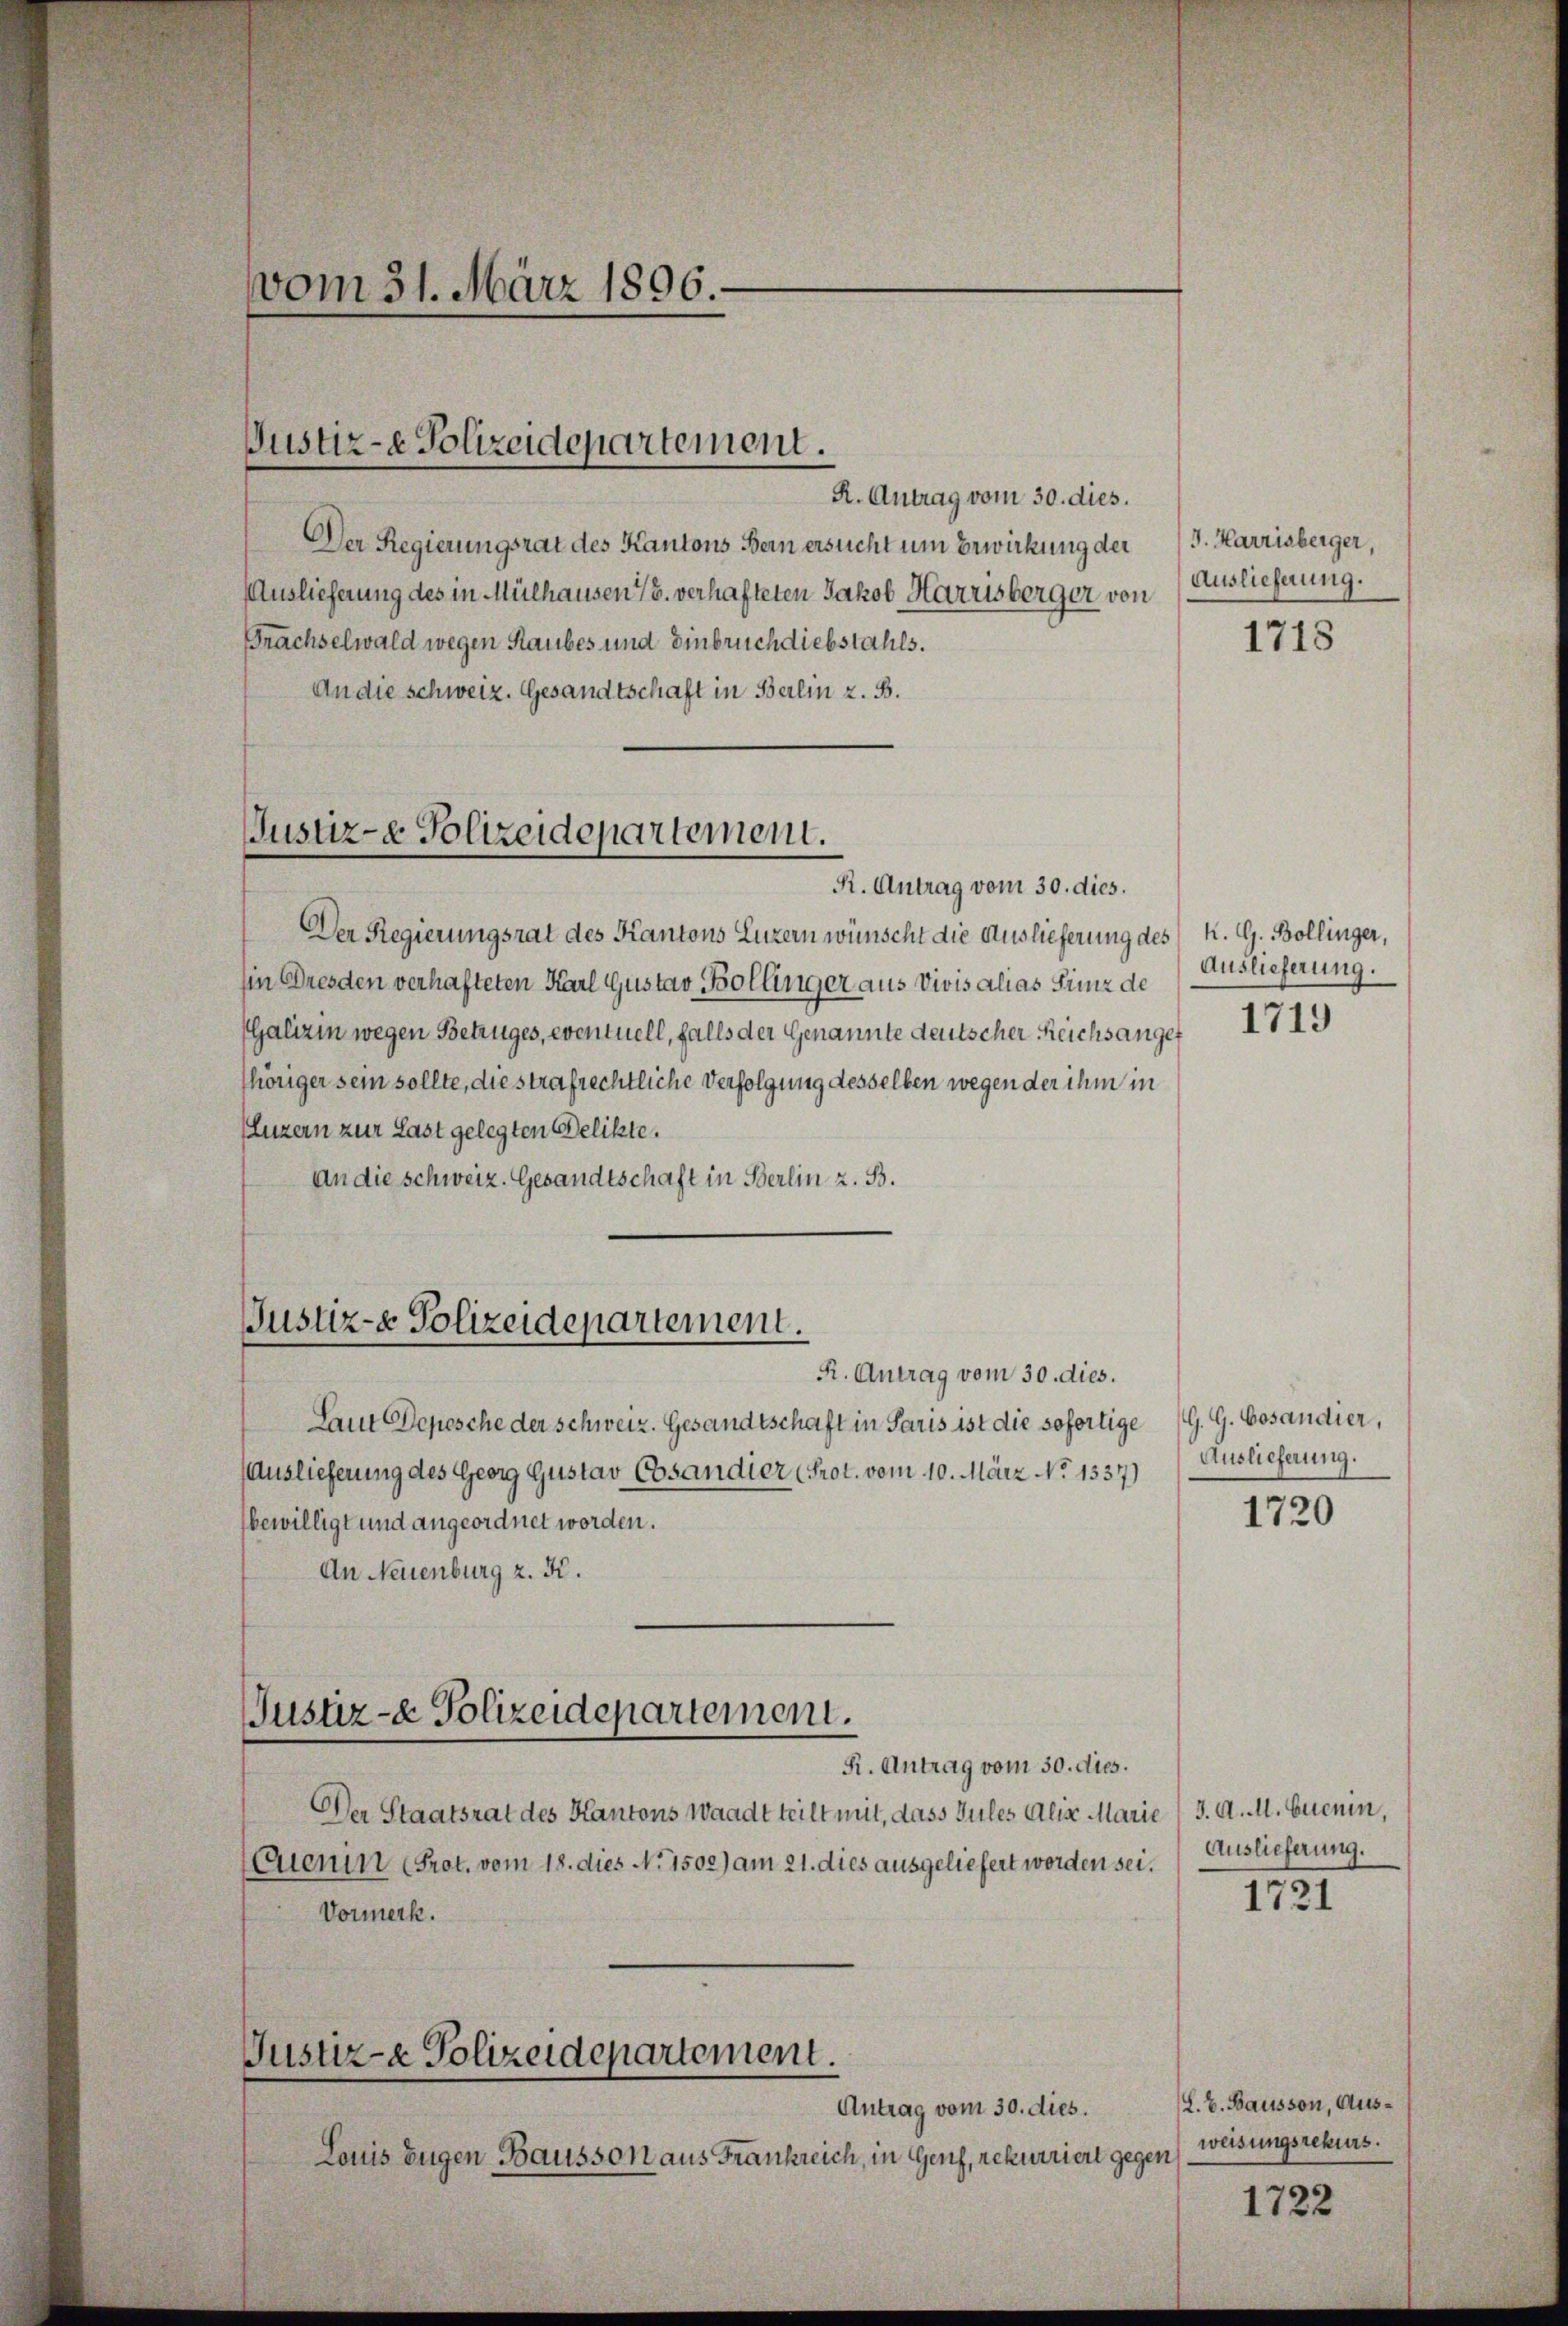
Der Regierungsrat des Kantons Luzern wünscht die Auslieferung des K. G. Bollinger,
in Dresden verhafteten Karl Gustav Bollinger aus vivis alias Kunz de
(Galizin wegen Betruges, eventuell, falls der Genannte deutscher Reichsangef
thöriger sein sollte, die strafrechtliche Verfolgung desselben wegen der ihm in
(Luzern zur Last gelegten Delikte.
An die Schweiz. Gesandtschaft in Berlin z. B.

Der Regierungsrat des Kantons Bern ersucht um Bewirkung der
Auslieferung des in Mülhausen 16. verhafteten Jakob Harrisberger von
Brachselwald wegen Raubes und Einbruch diebstahls.
An die Schweiz. Gesandtschaft in Berlin z. B.

vom 31. März 1896.

Justiz-e Polizeidepartement.

Justiz- & Polizeidepartement.
R. Antrag vom 30. dies.

Justiz- Polizeidepartement.

R. Antrag vom 30. dies.
Laut Depesche der Schweiz. Gesandtschaft in Paris ist die sofortige
Auslieferung des Georg Gustav Cosandier (Prot. vom 10. März No 1337)
bewilligt und angeordnet worden.
An Neuenburg z. K.
R. Antrag vom 30. dies.
Der Staatsrat des Kantons Waadt teilt mit, dass Gutes Alix Marie
Quenin (Prot. vom 18. dies No. 1502) am 21. dies ausgeliefert worden sei.
Vormerk.
Justiz- & Polizeidepartement.
Antrag vom 30. dies.
Louis Eugen Bausson aus Frankreich, in Genf, rekurriert gegen

Justiz- & Polizeidepartement.

R. Antrag vom 30. dies.

J. Harrisberger,
Auslieferung.

1718

Auslieferung.
1719

G. G. Bosaudier,
Auslieferung.

1720

3. A. M. Euenin,
Auslieferung.

1721

L. V. Bausson, Ausweisungsrekurs.

1722